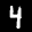
Label: 4